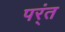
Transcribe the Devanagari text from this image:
पर्ंत